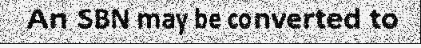
An SBN may be converted to